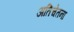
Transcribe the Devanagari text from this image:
अतिचेतना